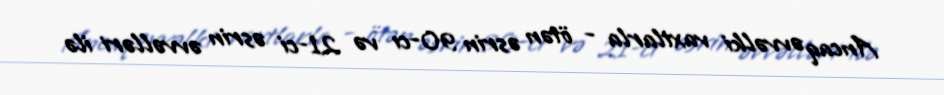
Ancaq əvvəlki vaxtlarla - ötən əsrin 90-cı və 21-ci əsrin əvvəlləri ilə